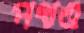
পথও